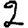
Digit: 2